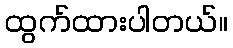
ထွက်ထားပါတယ်။